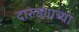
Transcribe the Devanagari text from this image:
दारुड्याच्या